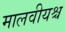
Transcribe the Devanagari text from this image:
मालवीयश्च